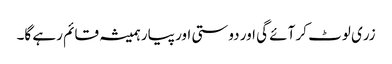
زری لوٹ کر آئے گی اور دوستی اور پیار ہمیشہ قائم رہے گا۔